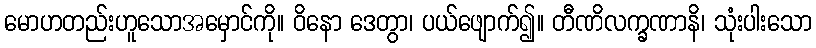
မောဟတည်းဟူသောအမှောင်ကို။ ဝိနော ဒေတွာ၊ ပယ်ဖျောက်၍။ တီဏိလက္ခဏာနိ၊ သုံးပါးသော